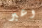
وعبر